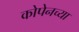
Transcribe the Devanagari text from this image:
कोपेनच्या